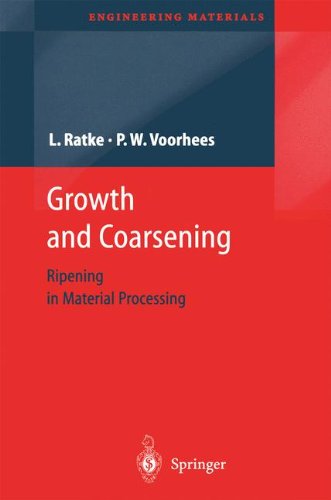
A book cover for Growth and Coarsening: Ostwald Ripening in Material Processing (Engineering Materials); Lorenz Ratke; Science & Math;